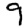
Digit: 9